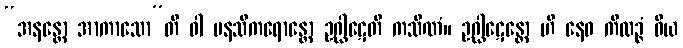
“အနန္တော အာကာသော”တိ ဝါ မနသိကရောန္တော ဥဂ္ဃါဋေတိ ကသိဏံ။ ဥဂ္ဃါဋေန္တော ဟိ နေဝ ကိလဉ္ဇံ ဝိယ